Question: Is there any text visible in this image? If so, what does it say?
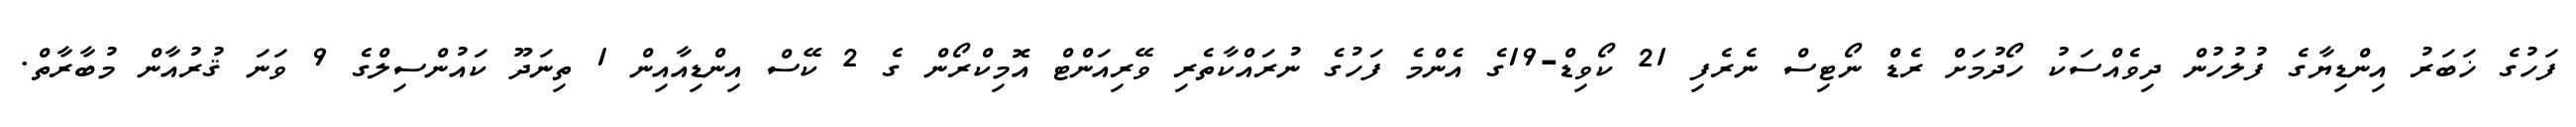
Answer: ފަހުގެ ޚަބަރު އިންޑިޔާގެ ފުލުހުން ދިވެއްސަކު ހޯދުމަށް ރެޑް ނޯޓިސް ނެރެފި 21 ކޯވިޑް-19ގެ އެންމެ ފަހުގެ ނުރައްކާތެރި ވޭރިއަންޓް އޮމިކްރޯން ގެ 2 ކޭސް އިންޑިއާއިން 1 ތިނަދޫ ކައުންސިލްގެ 9 ވަނަ ޤުރުއާން މުބާރާތް.